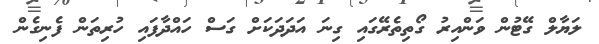
ލަޔާލް ގޭޓުން ވަންއިރު ގޯތިތެރޭގައި ގިނަ އަދަދަކަށް ގަސް ހައްދާފައި ހުރިތަން ފެނިގެން